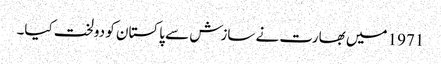
1971 میں بھارت نے سازش سے پاکستان کو دولخت کیا۔